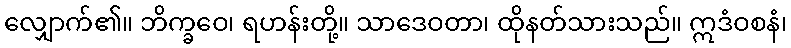
လျှောက်၏။ ဘိက္ခဝေ၊ ရဟန်းတို့။ သာဒေဝတာ၊ ထိုနတ်သားသည်။ ဣဒံဝစနံ၊